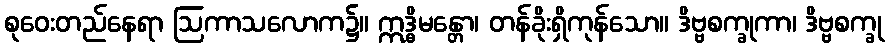
စုဝေးတည်နေရာ ဩကာသလောက၌။ ဣဒ္ဓိမန္တော၊ တန်ခိုးရှိကုန်သော။ ဒိဗ္ဗစက္ခုကာ၊ ဒိဗ္ဗစက္ခု